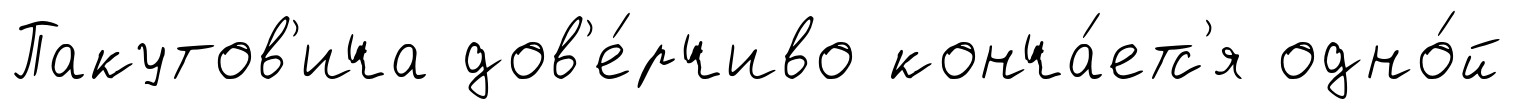
Пакутов'ича дов'е́рчиво конча́етс'я одно́й